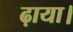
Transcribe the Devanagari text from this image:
ढ़ाया।